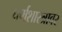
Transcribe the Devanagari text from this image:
धर्मशास्त्रावर